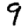
Digit: 9